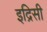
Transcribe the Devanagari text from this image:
इद्रिसी